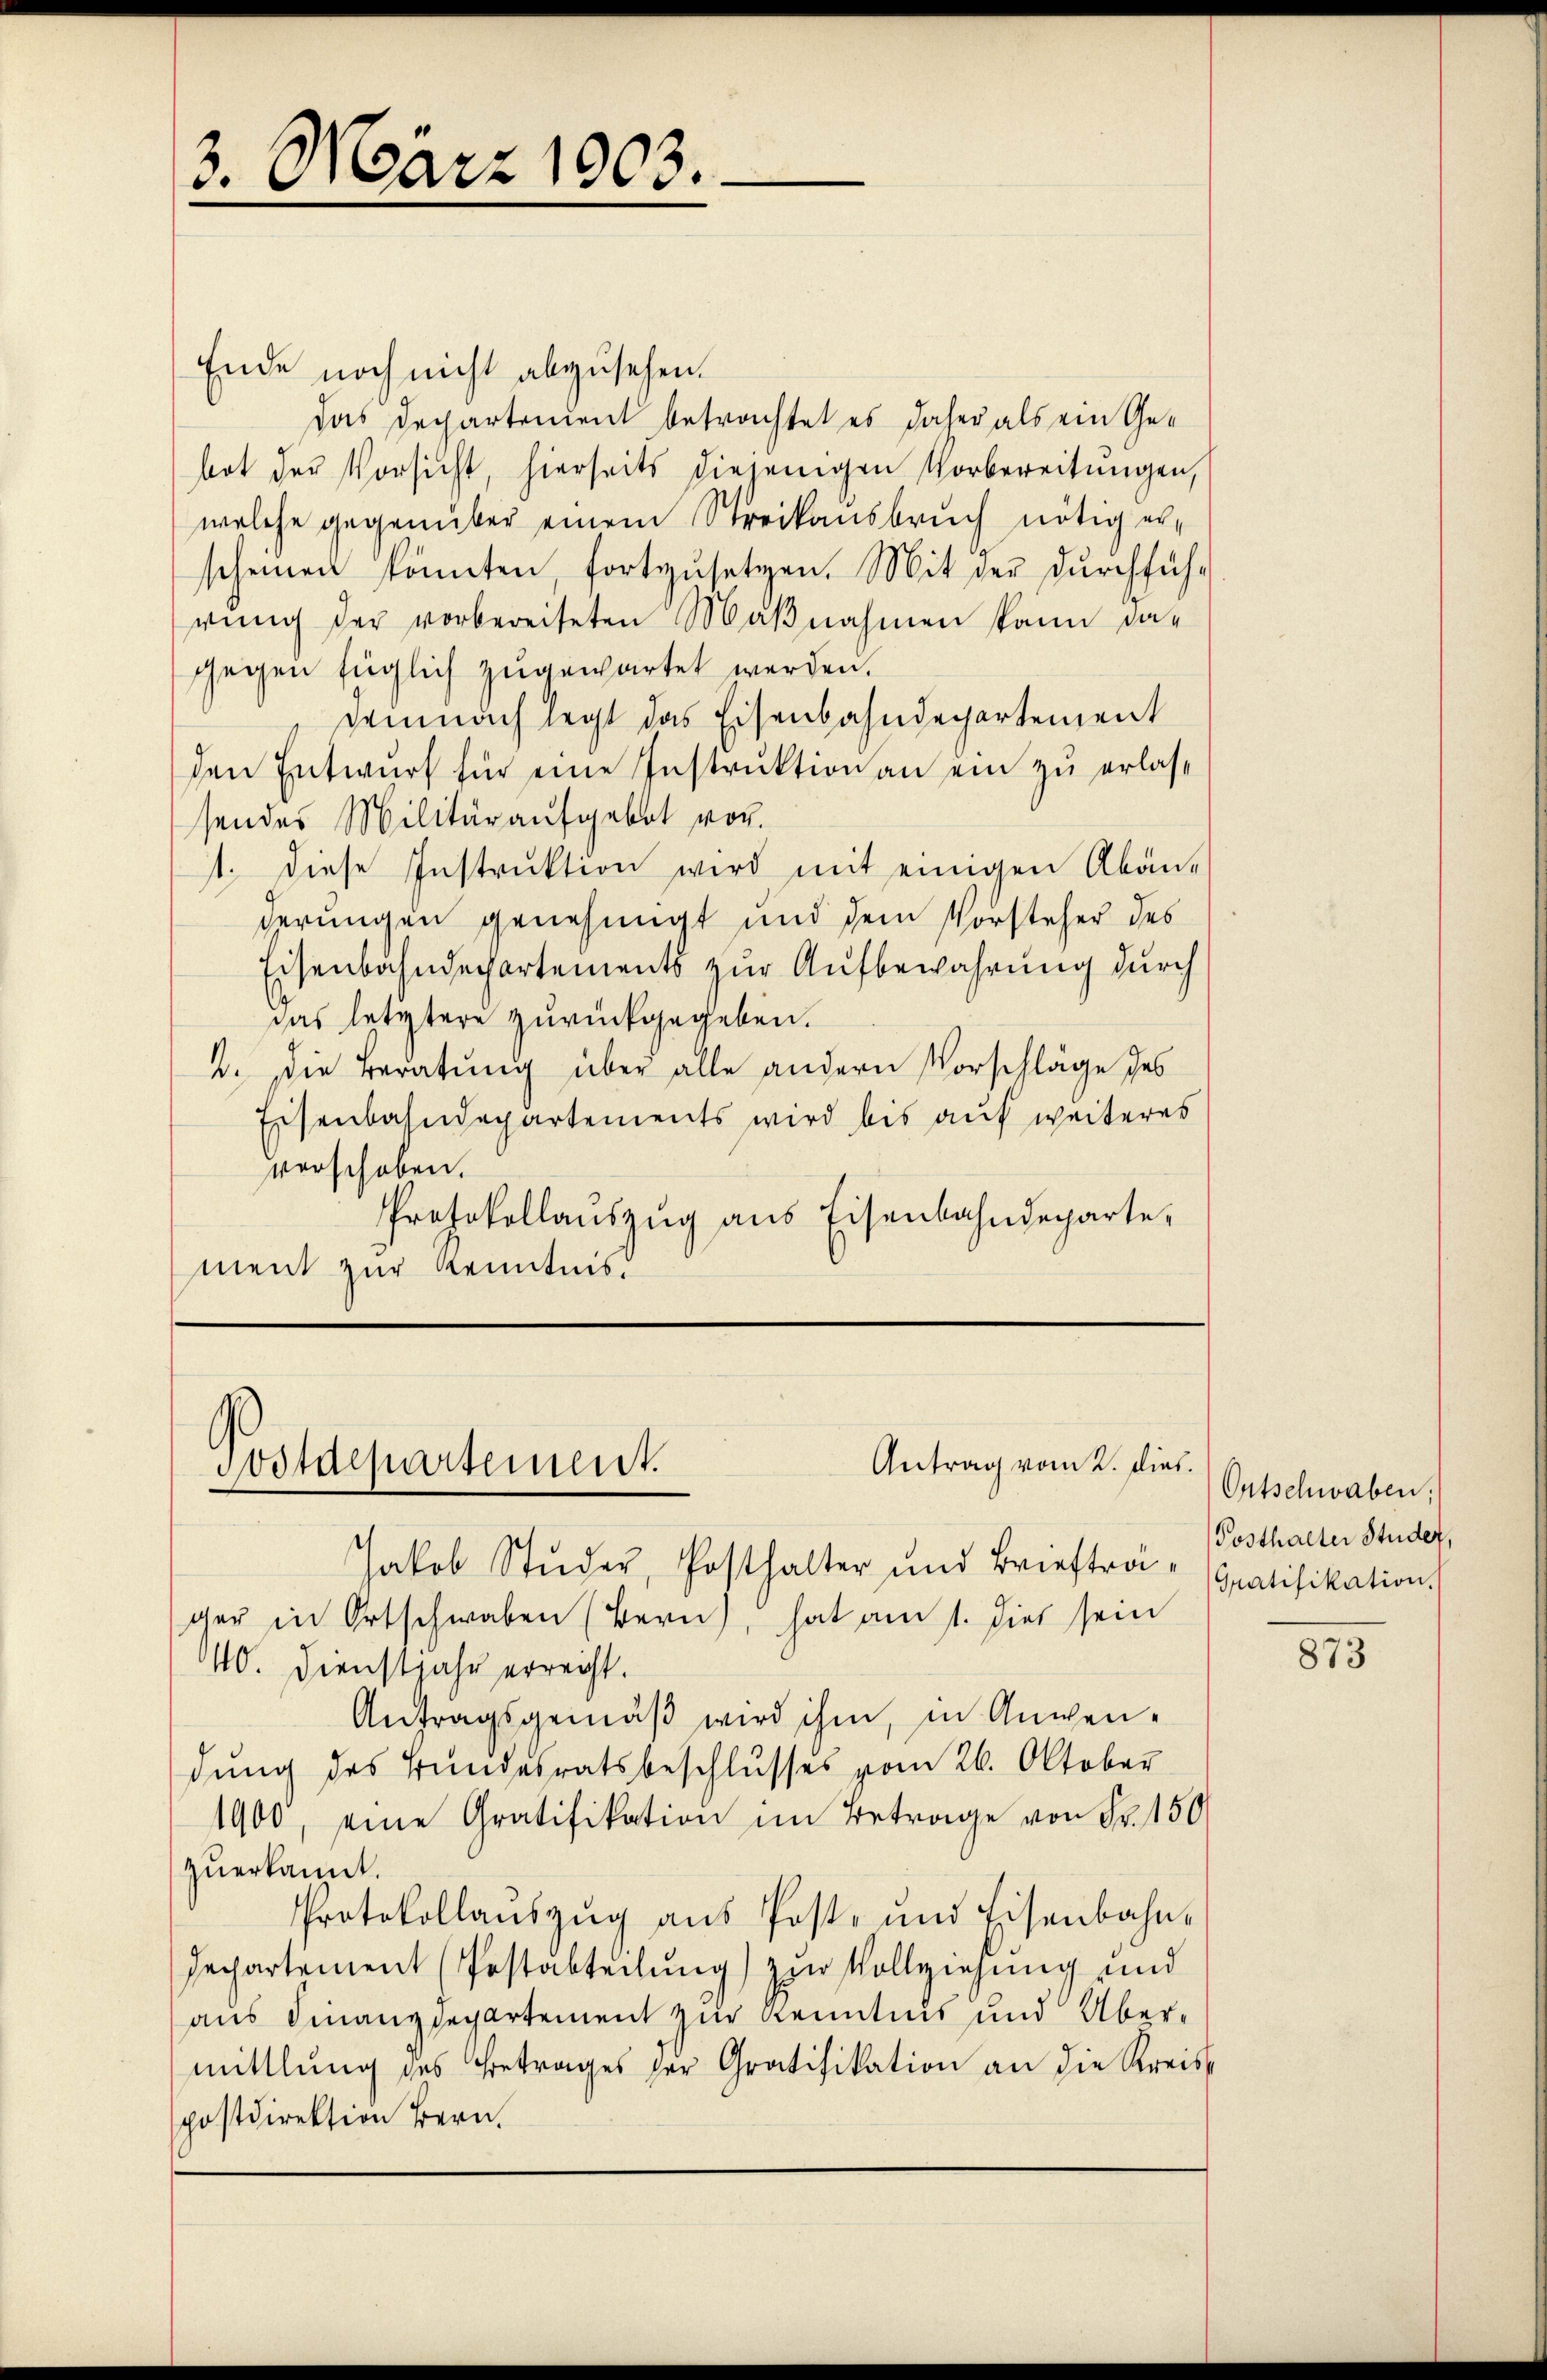
3. März 1903.

Ende noch nicht abzusehen.
Das Dechartement betrachtet es daher als ein Ge-
bot der Vorsicht, hierseits diejenigen Vorbereitungen,
welche gegenüber einem Streikansbruch nötig er-
scheinen könnten, fortzŭsetzen. Mit der dŭrchfüh-
rung der vorbereiteten Maßnahmen kann dagegen füglich zugewartet werden.
Demnach legt das Eisenbahndepartement
den Entwurf für eine Instruktion an ein zu erlassendes Militäraufgebot vor.
1. diese Instrŭktion wird mit einigen Abän-
derungen genehmigt und dem Vorsteher des
Eisenbahndepartements zur Aufbewahrung durch
das letztere zurückgegeben.
2. Die Beratung über alle andern Vorschläge des
Eisenbahndepartements wird bis auf weiteres
verschoben.
Protokollaŭszŭg ans Eisenbahndeparte,
ment zur Kenntnis.

Antrag vom 2. dies.
Postdepartement.

Jakob Studer, Posthalter und Briefträger in Ortschwaben (Bern, hat am 1. dies sein
40. Dienstjahr erreicht.
Antragsgemäß wird ihm, in Anwendung des Bundesratsbeschlusses vom 26. Oktober
1900, eine Gratifikation im Betrage von Fr. 150
zuerkannt.
Protokollauszug aus Post- und Eisenbahn¬
Departement (Postabteilung) zur Vollziehung und
aus Finanzdepartement zur Kenntnis und Übermittlung des Betrages der Gratifikation an die Kreis-
postdirektion Bern.

Ontschwaben,
Posthalter Studer,
Gratifikation.

873